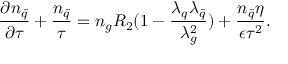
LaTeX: \frac { \partial n _ { \bar { q } } } { \partial \tau } + \frac { n _ { \bar { q } } } { \tau } = n _ { g } R _ { 2 } ( 1 - \frac { \lambda _ { q } \lambda _ { \bar { q } } } { \lambda _ { g } ^ { 2 } } ) + \frac { n _ { \bar { q } } \eta } { \epsilon \tau ^ { 2 } } .